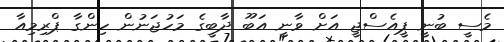
މެސީ ބުނީ ޕީއެސްޖީ އަށް ވާނީ އަބޫ ދާބީގެ މަހުޖަނުން ހިންގާ ޕްރިމިއާ